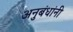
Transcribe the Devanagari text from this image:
अनुबंधांनी